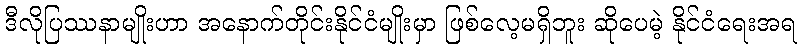
ဒီလိုပြဿနာမျိုးဟာ အနောက်တိုင်းနိုင်ငံမျိုးမှာ ဖြစ်လေ့မရှိဘူး ဆိုပေမဲ့ နိုင်ငံရေးအရ